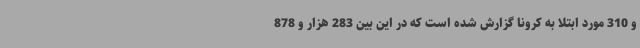
و 310 مورد ابتلا به کرونا گزارش شده است که در این بین 283 هزار و 878